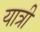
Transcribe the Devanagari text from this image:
यात्री